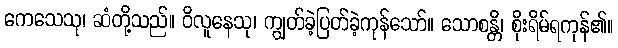
ကေသေသု၊ ဆံတို့သည်။ ဝိလူနေသု၊ ကျွတ်ခဲ့ပြတ်ခဲ့ကုန်သော်။ သောစန္တိ၊ စိုးရိမ်ရကုန်၏။